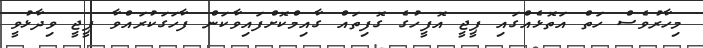
މިހާރުވެސް ހަތް އަތޮޅެއްގައި ޕީޖީ އޮފީހުގެ ގޮފިތައް ގާއިމްކޮށްފައިވާކަން ފާހަގަކުރައްވާ ޕީޖީ ވިދާޅުވީ